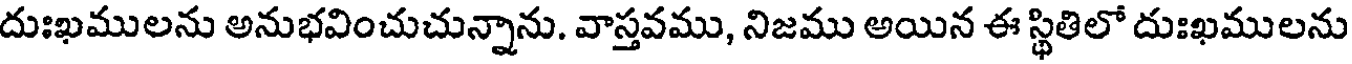
దుఃఖములను అనుభవించుచున్నాను. వాస్తవము, నిజము అయిన ఈ స్థితిలో దుఃఖములను